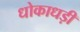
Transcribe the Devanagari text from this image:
धोकाधड़ी